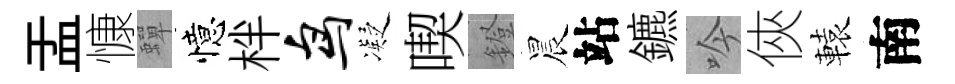
盂慷蟬憶柈鸟凝喫鐙晨站鑣吟俠轅南